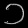
Digit: ၁